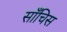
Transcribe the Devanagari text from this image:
साँचिस